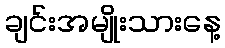
ချင်းအမျိုးသားနေ့